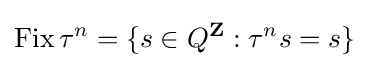
{\mbox{Fix}}\,\tau ^{n}=\{s\in Q^{\mathbf {Z} }:\tau ^{n}s=s\}